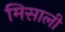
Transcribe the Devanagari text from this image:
मिसाली